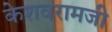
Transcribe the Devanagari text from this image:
केशवरामजी